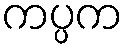
ကပ္ပက